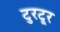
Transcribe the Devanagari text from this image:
टुरटूर